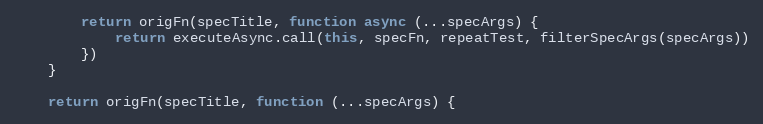
Language: JavaScript
        return origFn(specTitle, function async (...specArgs) {
            return executeAsync.call(this, specFn, repeatTest, filterSpecArgs(specArgs))
        })
    }

    return origFn(specTitle, function (...specArgs) {